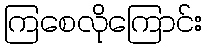
ကြစေလိုကြောင်း